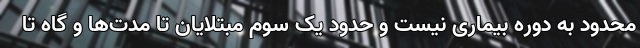
محدود به دوره بیماری نیست و حدود یک سوم مبتلایان تا مدت‌ها و گاه تا